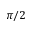
\pi / 2